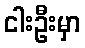
ငါးဦးမှာ